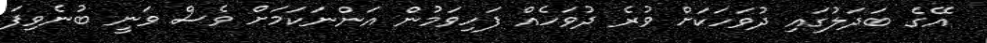
އޭގެ ބަދަލުގައި ދުވަހަކަށް ވުރެ ދުވަހެއް ފަހިވަމުން އަންނަކަމަށް ވެސް ވަނީ ބުނެވިފަ